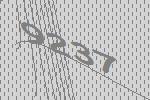
9237